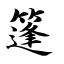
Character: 篷